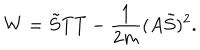
W = \tilde { S } T T - \frac { 1 } { 2 m } ( A \tilde { S } ) ^ { 2 } .